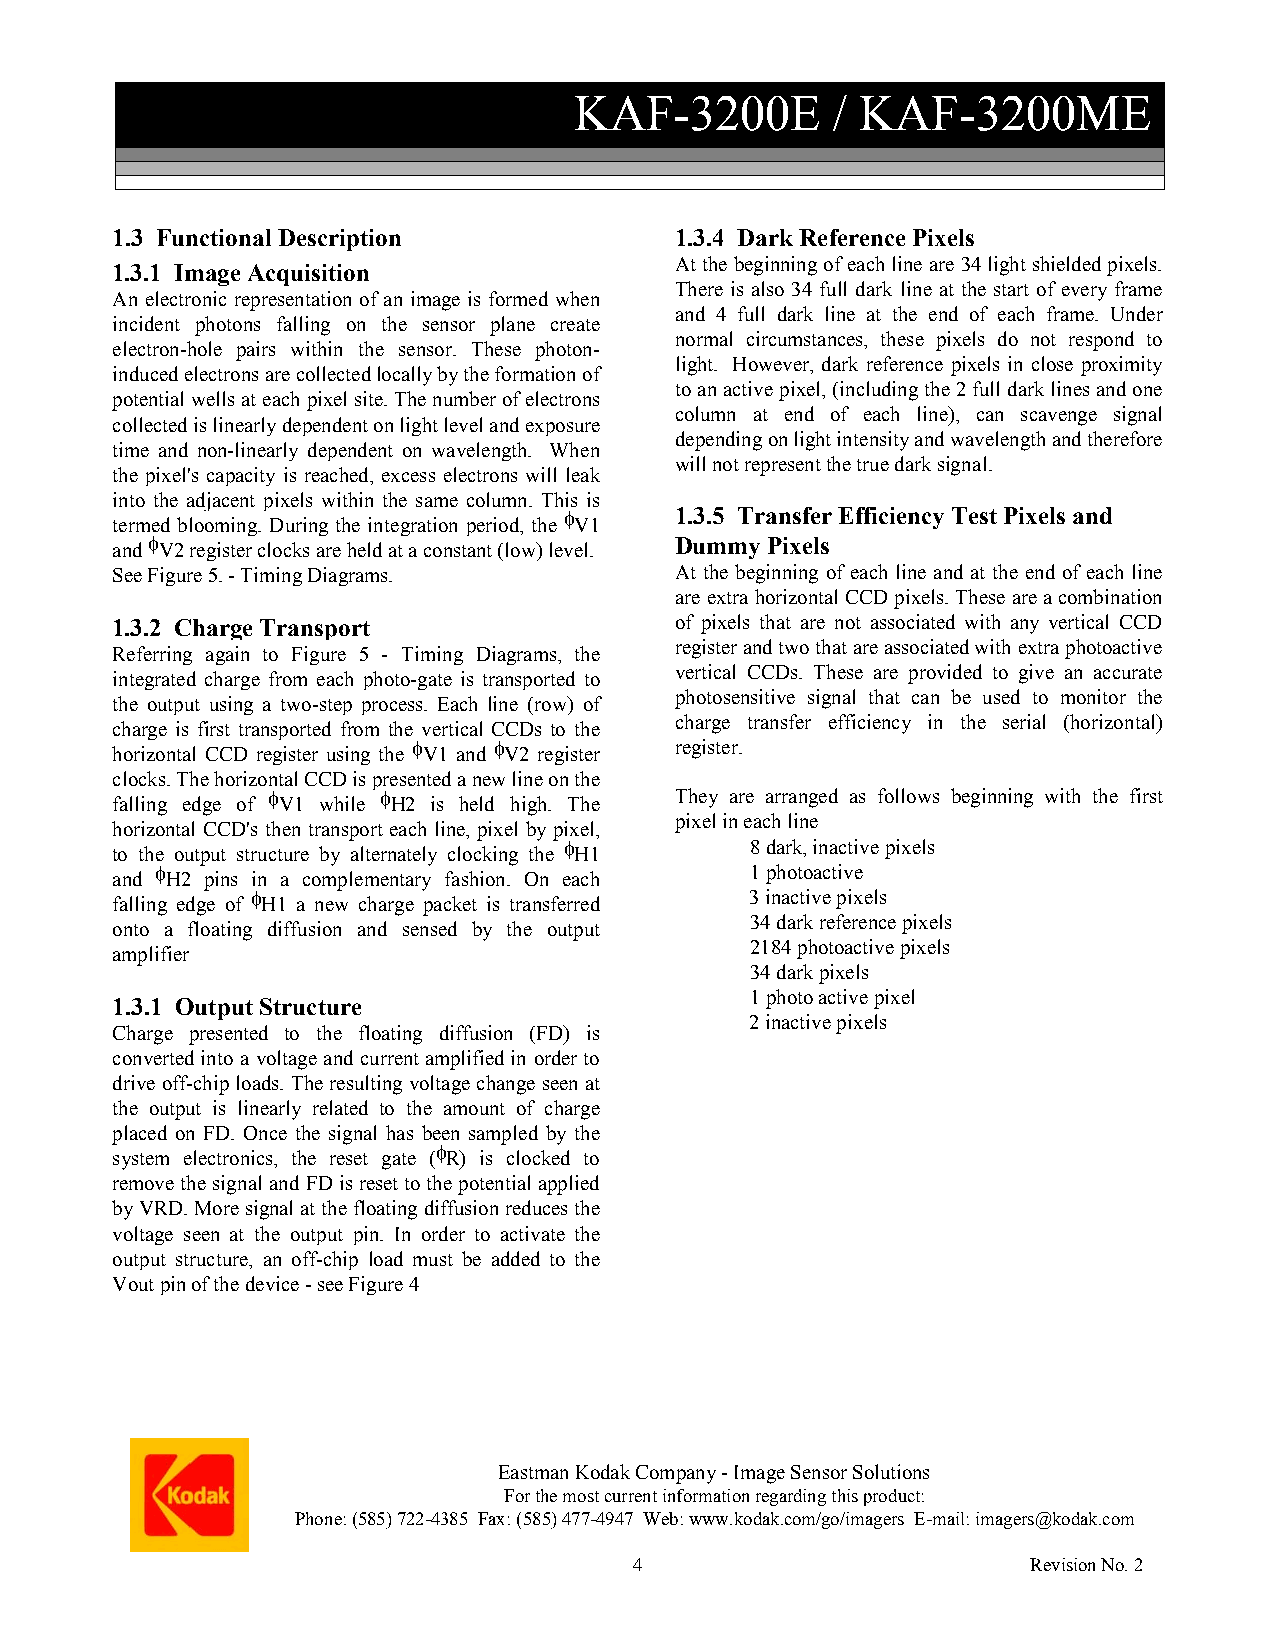
KAF-3200E        / KAF-3200ME
 1.3 Functional Description            1.3.4 Dark Reference Pixels
 At the beginning of each line are 34 light shielded pixels.
 1.3.1 Image Acquisition
 There is also 34 full dark line at the start of every frame
 An electronic representation of an image is formed when
 and 4 full dark line at the end of each frame. Under
 incident photons falling on the sensor plane create
 normal circumstances, these pixels do not respond to
 electron-hole pairs within the sensor. These photon-
 light. However, dark reference pixels in close proximity
 induced electrons are collected locally by the formation of
 to an active pixel, (including the 2 full dark lines and one
 potential wells at each pixel site. The number of electrons
 column at end of each line), can scavenge signal
 collected is linearly dependent on light level and exposure
 depending on light intensity and wavelength and therefore
 time and non-linearly dependent on wavelength. When
 will not represent the true dark signal.
 the pixel's capacity is reached, excess electrons will leak
 into the adjacent pixels within the same column. This is
 termed blooming. During the integration period, the φV1 1.3.5 Transfer Efficiency Test Pixels and
 and φV2 register clocks are held at a constant (low) level. Dummy Pixels
 See Figure 5. - Timing Diagrams.      At the beginning of each line and at the end of each line
 are extra horizontal CCD pixels. These are a combination
 1.3.2 Charge Transport                of pixels that are not associated with any vertical CCD
 register and two that are associated with extra photoactive
 Referring again to Figure 5 - Timing Diagrams, the
 vertical CCDs. These are provided to give an accurate
 integrated charge from each photo-gate is transported to
 photosensitive signal that can be used to monitor the
 the output using a two-step process. Each line (row) of
 charge transfer efficiency in the serial (horizontal)
 charge is first transported from the vertical CCDs to the
 horizontal CCD register using the φV1 and φV2 register register.
 clocks. The horizontal CCD is presented a new line on the
 falling edge of φV1 while φH2 is held high. The They are arranged as follows beginning with the first
 pixel in each line
 horizontal CCD's then transport each line, pixel by pixel,
 to the output structure by alternately clocking the φH1 8 dark, inactive pixels
 and φH2 pins in a complementary fashion. On each 1 photoactive
 falling edge of φH1 a new charge packet is transferred 3 inactive pixels
 34 dark reference pixels
 onto a floating diffusion and sensed by the output
 2184 photoactive pixels
 amplifier
 34 dark pixels
 1 photo active pixel
 1.3.1 Output Structure
 2 inactive pixels
 Charge presented to the floating diffusion (FD) is
 converted into a voltage and current amplified in order to
 drive off-chip loads. The resulting voltage change seen at
 the output is linearly related to the amount of charge
 placed on FD. Once the signal has been sampled by the
 system electronics, the reset gate (φR) is clocked to
 remove the signal and FD is reset to the potential applied
 by VRD. More signal at the floating diffusion reduces the
 voltage seen at the output pin. In order to activate the
 output structure, an off-chip load must be added to the
 Vout pin of the device - see Figure 4
 Eastman Kodak Company - Image Sensor Solutions
 For the most current information regarding this product:
 Phone: (585) 722-4385 Fax: (585) 477-4947 Web: www.kodak.com/go/imagers E-mail: imagers@kodak.com
 4                         Revision No. 2